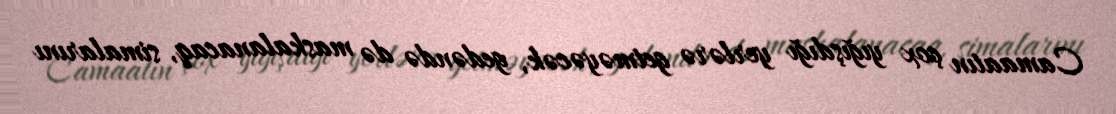
Camaatın çox yığışdığı yerlərə getməyəcək, gedəndə də maskalanacaq, simalarını